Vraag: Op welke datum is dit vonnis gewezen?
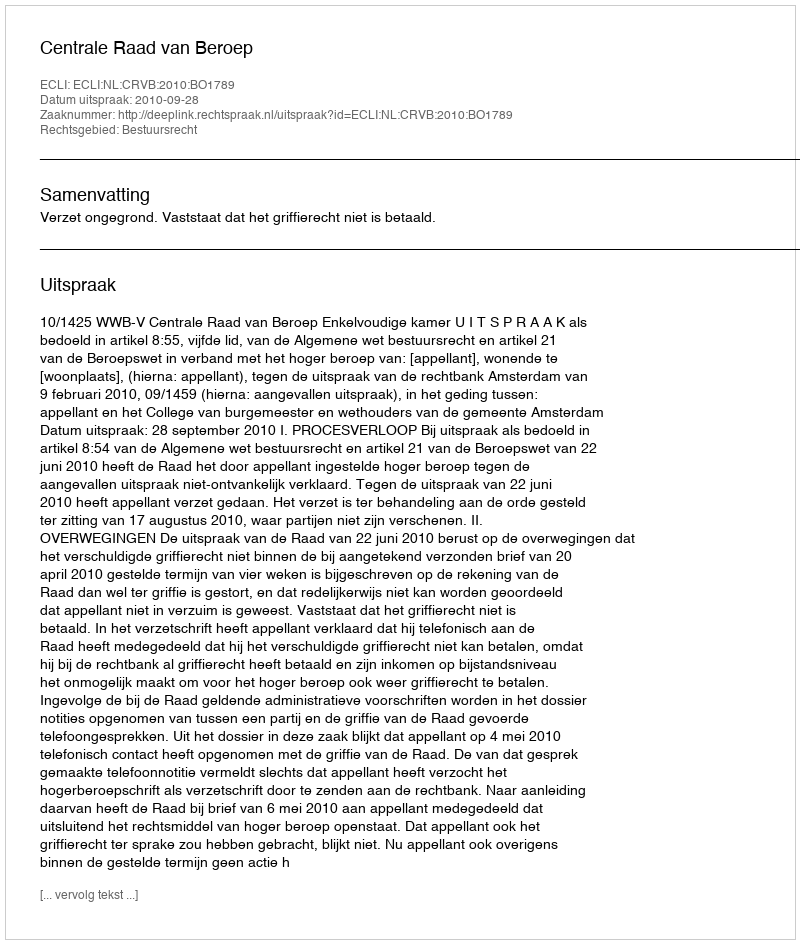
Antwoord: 2010-09-28